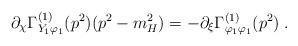
LaTeX: \begin{align*}\partial _\chi \Gamma^{(1)}_{Y_1\varphi_1} (p^2) ( p^2 -m_H^2)= - \partial_\xi \Gamma^{(1)}_{\varphi_1 \varphi_1}(p^2) \; .\end{align*}